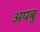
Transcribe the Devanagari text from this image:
अपबु